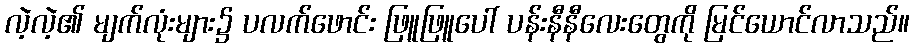
လဲ့လဲ့၏ မျက်လုံးများ၌ ပလက်ဖောင်း ဖြူဖြူပေါ် ပန်းနီနီလေးတွေကို မြင်ယောင်လာသည်။